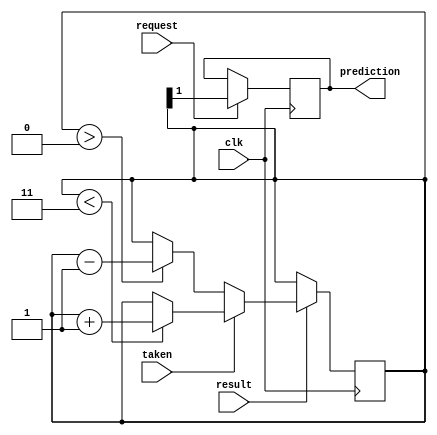
module predictor(input wire request, result, clk, taken, output reg prediction);

// Your code

reg [1:0]PHS=2'b11;

always @(posedge clk) begin
  if(request==1'b1) begin
    prediction=PHS[1];
  end
  
end

always @(posedge clk) begin
  if(result==1'b1) begin
    if(taken) begin
    if(PHS<2'b11)begin
      PHS<=PHS+1;
    end
  end
  else begin
    if(PHS>2'b00) begin
      PHS<=PHS-1;  
    end
  end
end
  
  
  end
  

endmodule